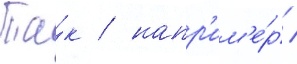
Та́к / напр'им'е́р /